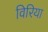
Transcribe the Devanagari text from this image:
विरिया